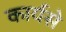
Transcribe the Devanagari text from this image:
कार्यसे